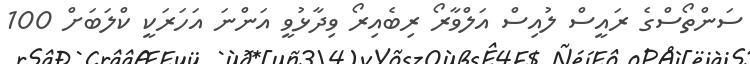
ސަންތޯސްގެ ރައީސް ލުއިސް އަލްވާރޯ ރިބެއިރޯ ވިދާޅުވީ އަންނަ އަހަރަކީ ކްލަބަށް 100